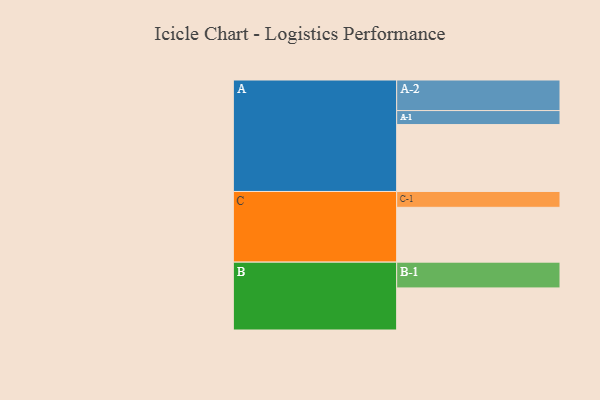
{"axis": {"x": "Segment", "y": "Value"}, "legend": ["", "A", "B", "C"], "data": [{"x": "A", "y": 477, "type": ""}, {"x": "B", "y": 300, "type": ""}, {"x": "C", "y": 391, "type": ""}, {"x": "A-1", "y": 100, "type": "A"}, {"x": "A-2", "y": 218, "type": "A"}, {"x": "B-1", "y": 184, "type": "B"}, {"x": "C-1", "y": 113, "type": "C"}]}